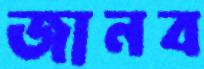
জানব